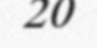
20